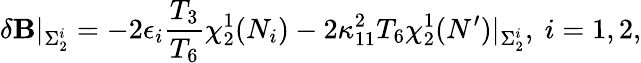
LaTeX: \delta\mathbf{B}\vert_{\Sigma_{2}^{i}}=-2\epsilon_{i}{\frac{{T_{3}}}{{T_{6}}}}\chi_{2}^{1}(N_{i})-2\kappa_{11}^{2}T_{6}\chi_{2}^{1}(N^{\prime})\vert_{\Sigma_{2}^{i}},\ i=1,2,